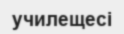
училещесі